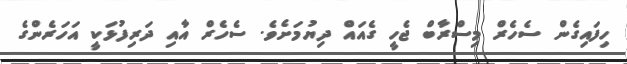
ހިފައިގެން ސެހެރް މިސްރާބް ޖެހީ ގެއައް ދިޔުމަށެވެ. ސެހެރް އާއި ދަރިފުޅަކީ އަހަރެންގެ